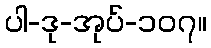
ပါ-ဒု-အုပ်-၁၀၇။